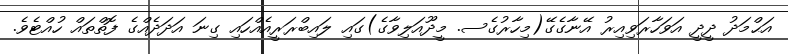
އަޙްމަދު ދީދީ އަވަހާރަވިއިރު އޭނާގެގޭ(މިހާރުގެސ. މީދޫއަލިވާގެ)ގައި ލައިބްރަރީއެއްހައި ގިނަ އަދަދެއްގެ ފޮތްތައް ހުއްޓެވެ.